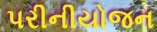
પરીનીયોજન